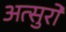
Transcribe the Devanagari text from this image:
अत्सुरो